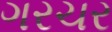
ગરચર